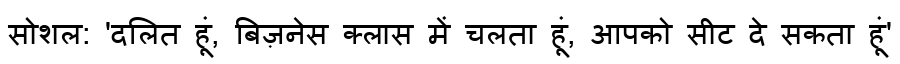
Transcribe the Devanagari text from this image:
सोशल: 'दलित हूं, बिज़नेस क्लास में चलता हूं, आपको सीट दे सकता हूं'